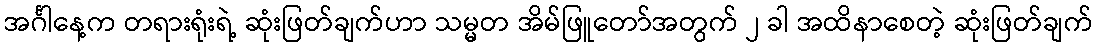
အင်္ဂါနေ့က တရားရုံးရဲ့ ဆုံးဖြတ်ချက်ဟာ သမ္မတ အိမ်ဖြူတော်အတွက် ၂ ခါ အထိနာစေတဲ့ ဆုံးဖြတ်ချက်